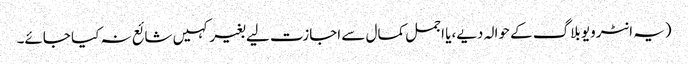
(یہ انٹرویو بلاگ کے حوالہ دیے،یا اجمل کمال سے اجازت لیے بغیر کہیں شائع نہ کیا جائے۔